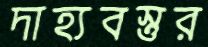
দাহ্যবস্তুর